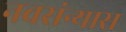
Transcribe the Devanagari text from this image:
नवसंन्यास